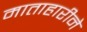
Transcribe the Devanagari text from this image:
माताहारीने